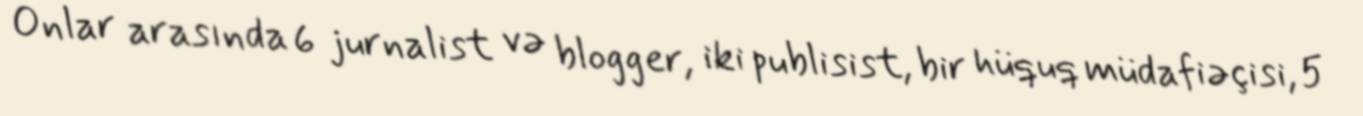
Onlar arasında 6 jurnalist və blogger, iki publisist, bir hüquq müdafiəçisi, 5